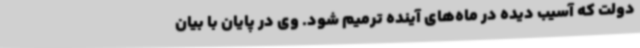
دولت که آسیب دیده در ماه‌های آینده ترمیم شود. وی در پایان با بیان